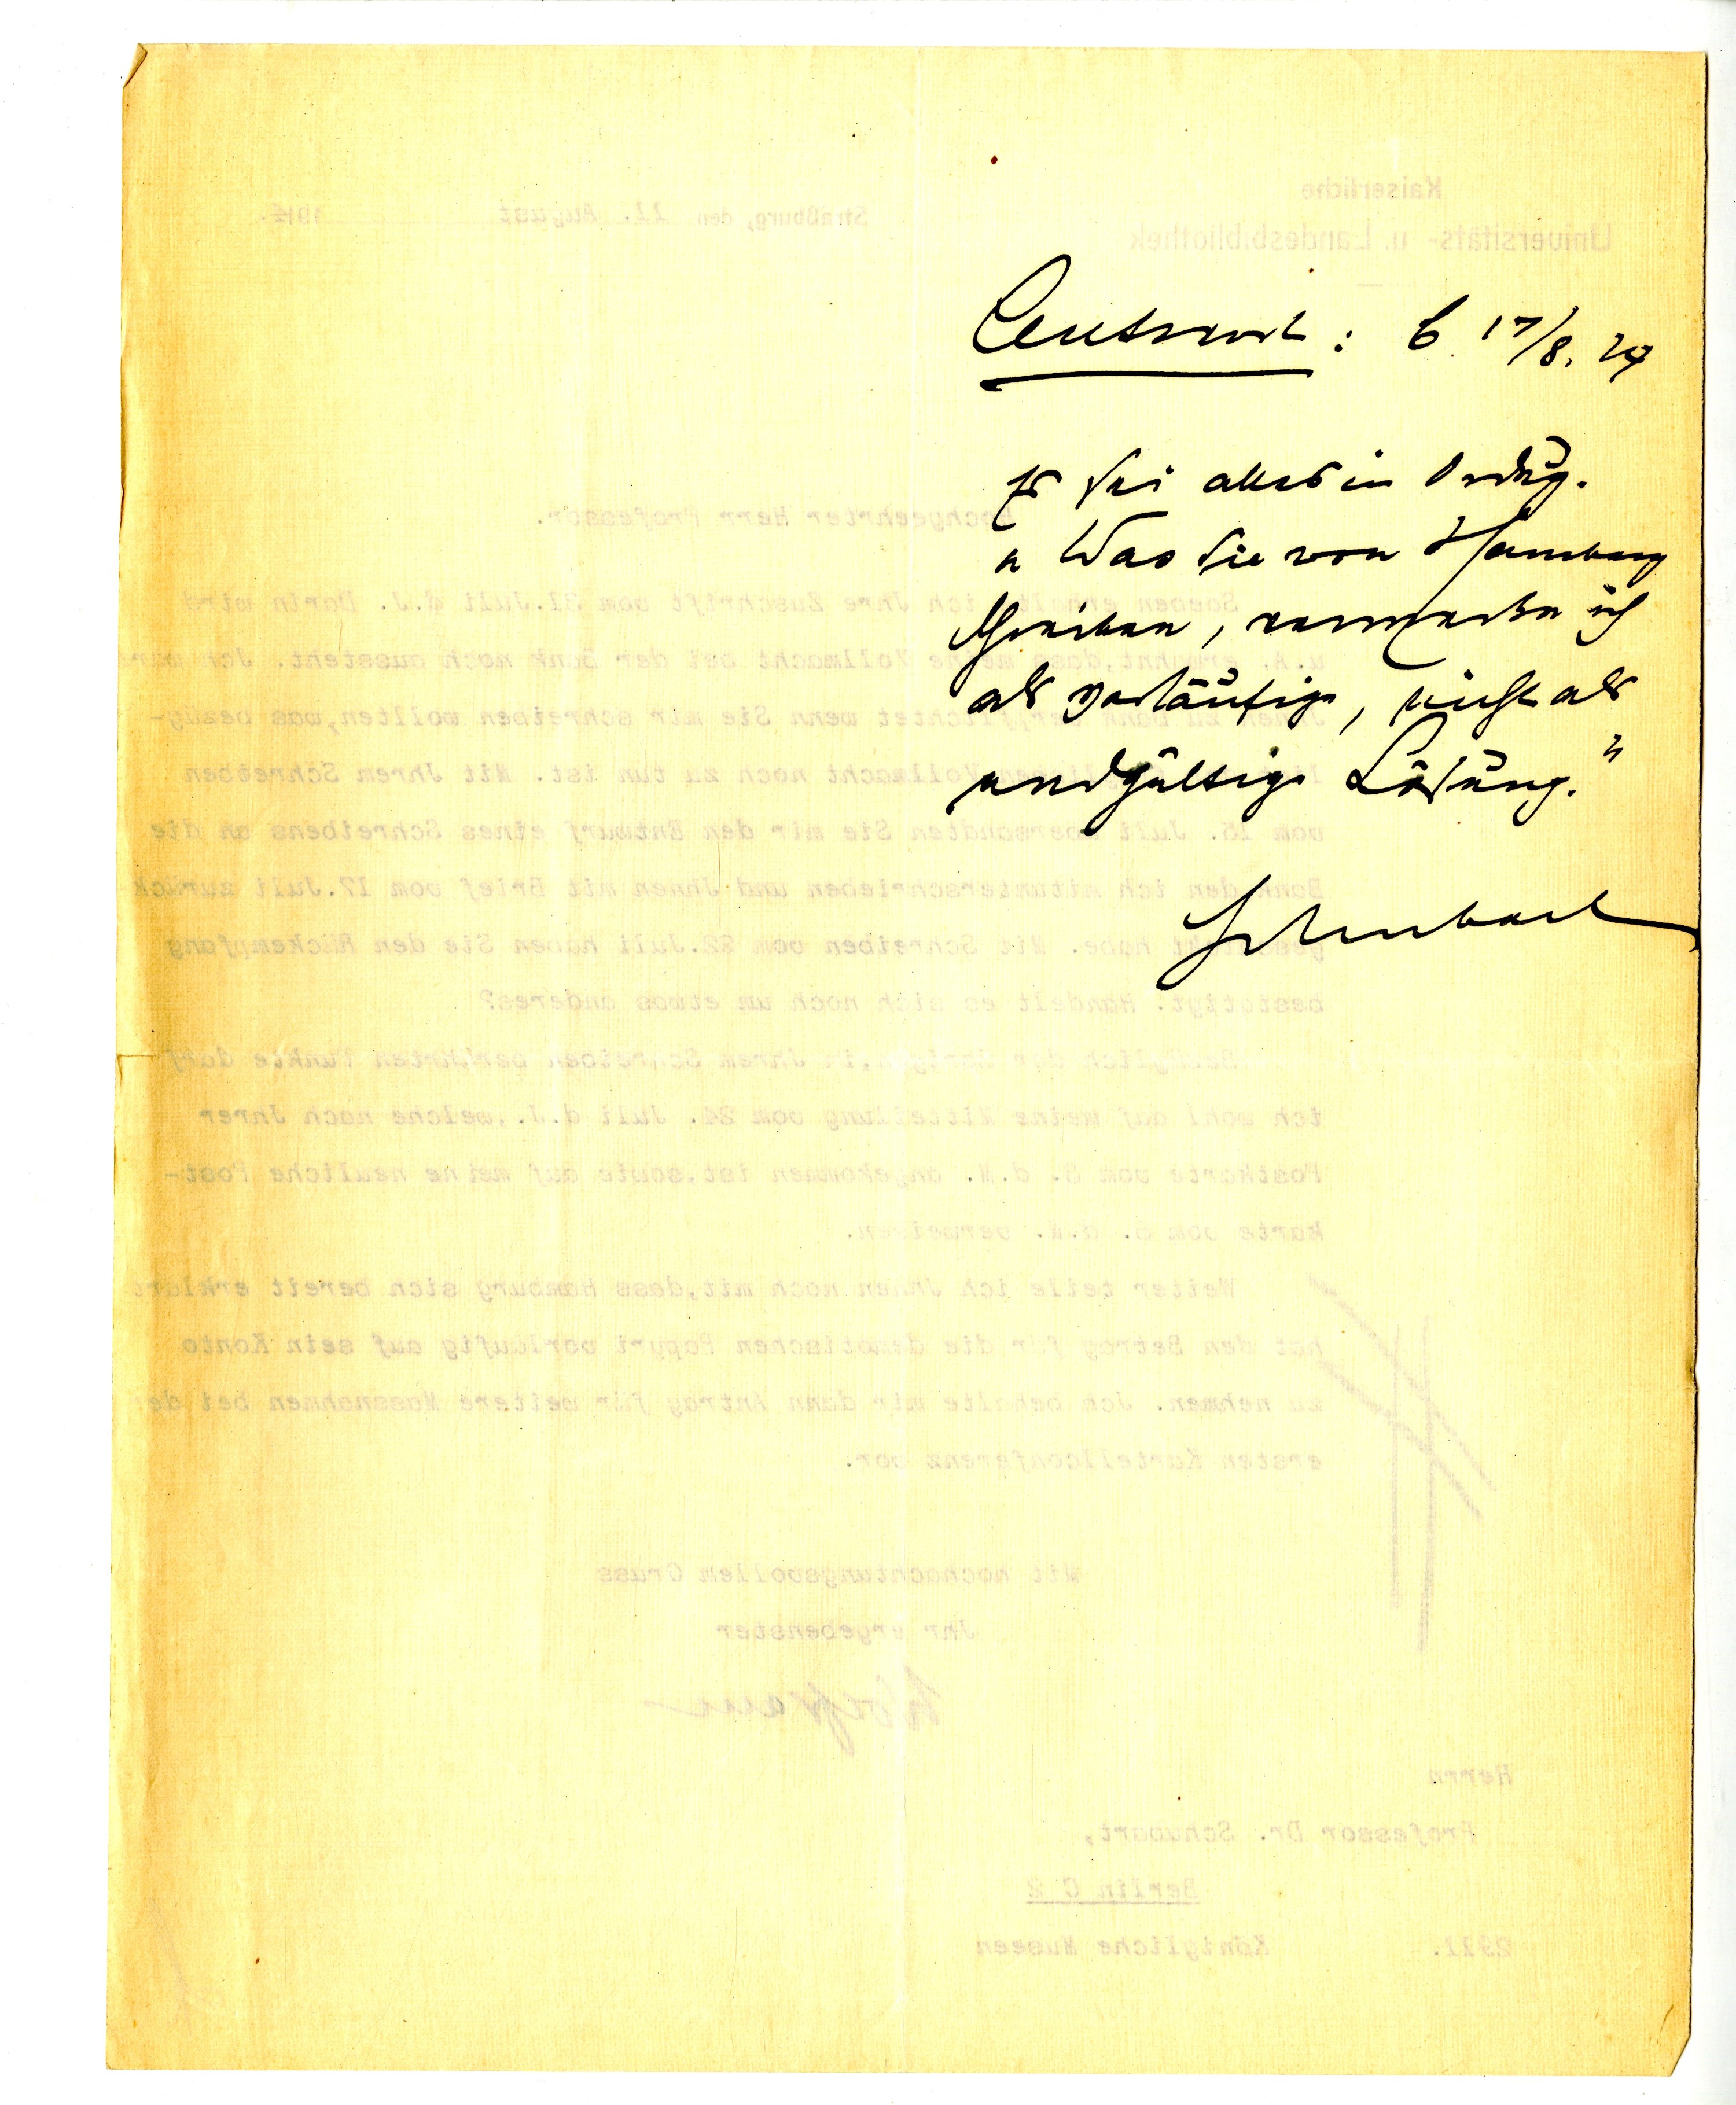
Antwort: B 17/8.27
Es sei alles in Ordung.
"Was Sie von Hamburg
schreiben, vermerke ich
als vorläufige, nicht als
endgültige Lösung."
Schubart